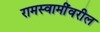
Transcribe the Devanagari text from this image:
रामस्वामींवरील